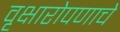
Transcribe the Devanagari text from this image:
वृक्षारोपणाचे